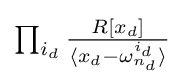
{\textstyle \prod _{i_{d}}{\frac {R[x_{d}]}{\langle x_{d}-\omega _{n_{d}}^{i_{d}}\rangle }}}